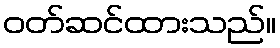
ဝတ်ဆင်ထားသည်။